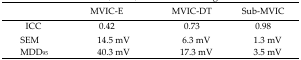
<table><thead><tr><td></td><td><b>MVIC-E</b></td><td><b>MVIC-DT</b></td><td><b>Sub-MVIC</b></td></tr></thead><tbody><tr><td>ICC</td><td>0.42</td><td>0.73</td><td>0.98</td></tr><tr><td>SEM</td><td>14.5 mV</td><td>6.3 mV</td><td>1.3 mV</td></tr><tr><td>MDD<sub>95</sub></td><td>40.3 mV</td><td>17.3 mV</td><td>3.5 mV</td></tr></tbody></table>